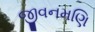
જીવનમણિ